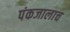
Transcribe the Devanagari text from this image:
पंकजालाच